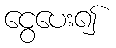
ငွေပေး၍